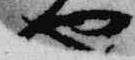
也